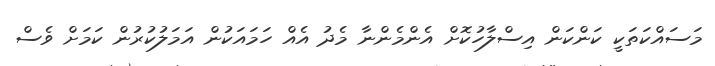
މަސައްކަތަކީ ކަންކަން އިސްލާހުކޮށް އެންމެންނާ މެދު އެއް ހަމައަކުން އަމަލުކުރުން ކަަމަށް ވެސް